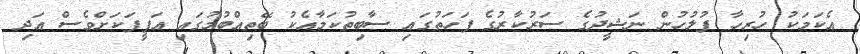
އެކަމަކު ހުރިހާ ފުލުހުން ނަޝީދުގެ ސަރުކާރުގެ ފަހަތުގައި ސާބިތުކަމާއެކު ބޭތިއްބުމުގައި އަފީފަކަށްވެސް އަދި